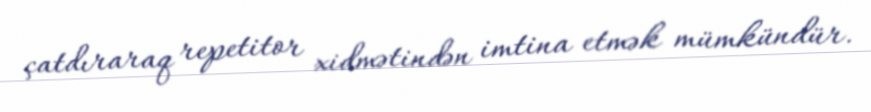
çatdıraraq repetitor xidmətindən imtina etmək mümkündür.